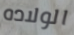
الولاده